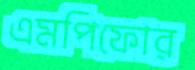
এমপিফোর